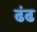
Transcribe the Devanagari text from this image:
ढंढ